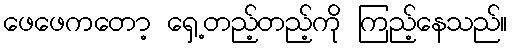
ဖေဖေကတော့ ရှေ့တည့်တည့်ကို ကြည့်နေသည်။